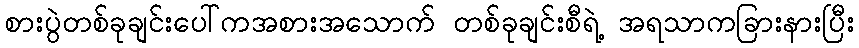
စားပွဲတစ်ခုချင်းပေါ်ကအစားအသောက် တစ်ခုချင်းစီရဲ့ အရသာကခြားနားပြီး